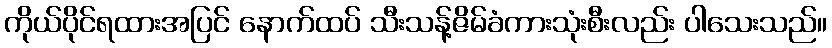
ကိုယ်ပိုင်ရထားအပြင် နောက်ထပ် သီးသန့်ဇိမ်ခံကားသုံးစီးလည်း ပါသေးသည်။